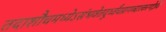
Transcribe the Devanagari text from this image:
तदाशौचमध्येऽसंभवेतदूर्ध्वंचप्रागब्दात्करणेज्ञेयं